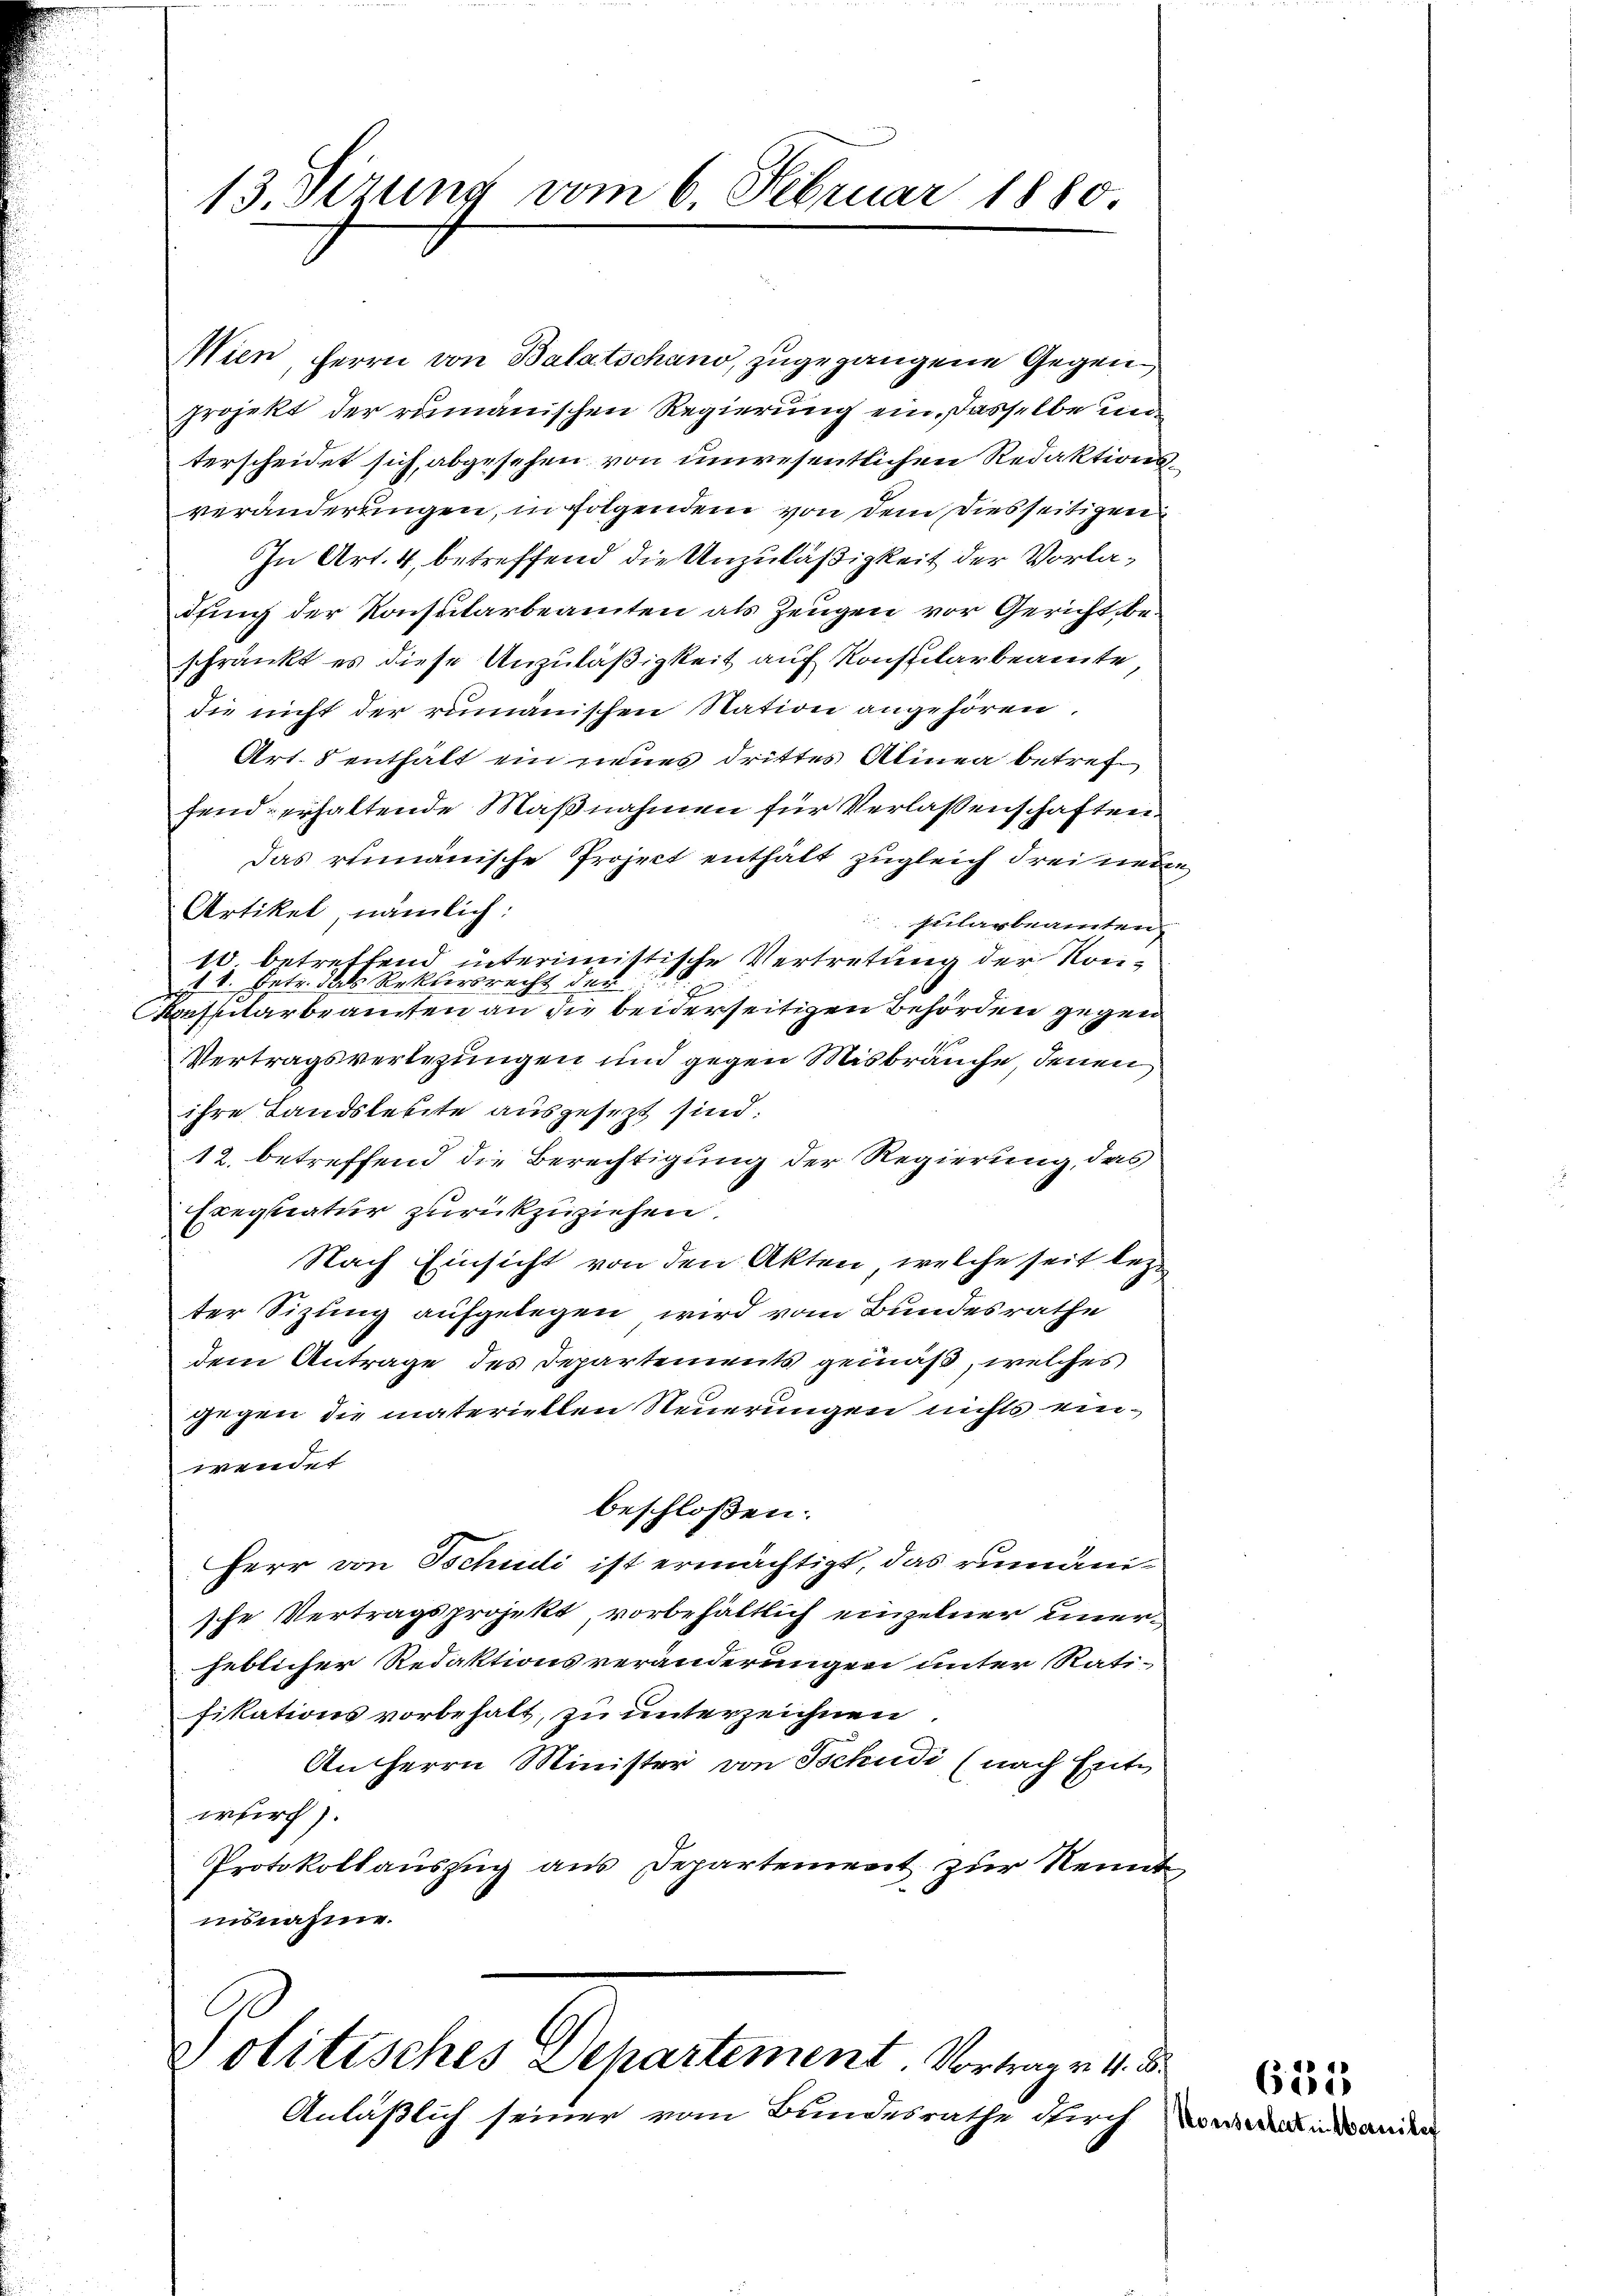
13. Sizung vom 6. Februar 1880

Wien, Herrn von Balatschano, zugegangene Gegenprojekt der rumänischen Regierung ein, dasselbe un
terscheidet sich, abgesehen von unwesentlichen Redaktionsveränderungen, in Folgendem von dem diesseitigen
In Art. 4, betreffend die Unzuläßigkeit der Vorladfing der Konsularbeamten als Zeugen vor Gericht beschränkt es diese Unzuläßigkeit auf Konspilarbeamte
die nicht der rumänischen Station angehören.
Art. 5 enthalt ein neues drittes Alinea betreffend erhaltende Maßnahmen für Verlassenschaften.
Das rumänische Project enthält zugleich drei neu
Artikel, nämlich:
pularbeamten
10. betreffend interimistische Vertretung der Kon¬
1 V. Petr. das Rektersrecht der
onssitarbeamten an die beiderseitigen Behörden gegen
Vertragsverlegungen und gegen Misbräuche, denen
ihre Landsleute ausgesezt sind:
12. betreffend die Berechtigung der Regierung, das
Exequatur zurückzuziehen.
Nach Einsicht von den Akten, welche seit lezter Sizung aufgelegen wird vom Bundesrathe
dem Antrage des Departements gemäß, welches
gegen die materiellen Steuerungen nichts einwendet
beschloßen:
Herr von Tschudi ist ermächtigt, das rumänische Vertragsprojekt, vorbehältlich einzelner einerjeblicher Redaktionsveränderungen unter Rati-
fikations vorbehalt, zu unterzeichnen.
An Herrn Minister von Tschudi (nach Ente
wurc).
Protokollauszug aus Departement zur Kenntinsnahme.

Politisches Departement. Vortrage 4. S

Anläßlich seiner vom Bundesrathe Kirch

u

635
Koussertat in Manike